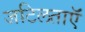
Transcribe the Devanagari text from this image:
जटिलताऍं